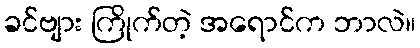
ခင်ဗျား ကြိုက်တဲ့ အရောင်က ဘာလဲ။